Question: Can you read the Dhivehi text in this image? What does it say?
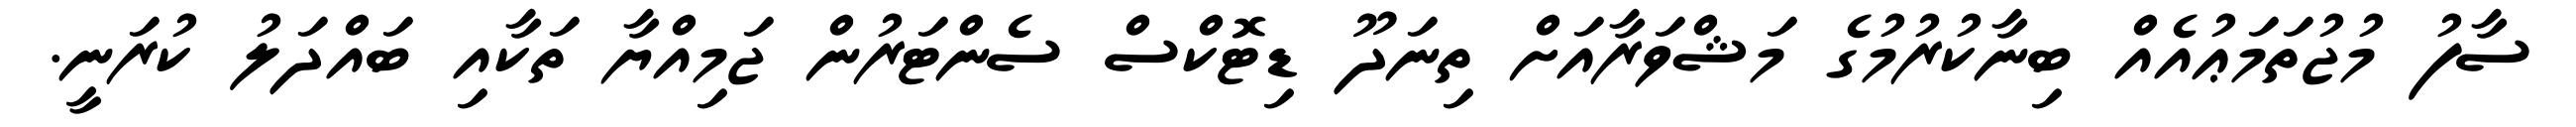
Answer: ސާފު މުޖުތަމަޢުއެއް ބިނާކުރުމުގެ މަޝްވަރާއަށް ތިނަދޫ ޑިޓޮކްސް ސެންޓަރުން ޖަމިއްޔާ ތަކާއި ބައްދަލު ކުރަނީ.